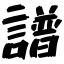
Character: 譜